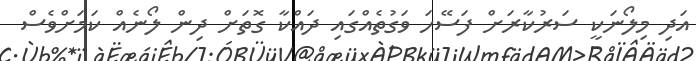
އަދި މިލޯނަކީ ސަރުކާރަށް ފަސޭހަ ވަގުތެއްގައި ދައްކާ ގޮތަށް ދިން ލޯނެއް ކަމަށްވެސް